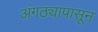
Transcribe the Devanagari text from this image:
अंगठ्यापासून